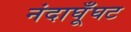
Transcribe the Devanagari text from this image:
नंदाघूँघट